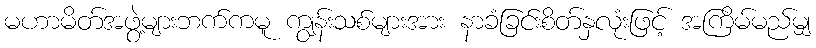
မဟာမိတ်အဖွဲ့များဘက်ကမူ ကျွန်းသစ်များအား နာခံခြင်းစိတ်နှလုံးဖြင့် အကြိမ်မည်မျှ